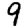
Digit: 9